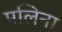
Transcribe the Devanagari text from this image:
पलिना